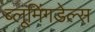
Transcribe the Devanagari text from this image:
ब्लूमिंगडेल्स